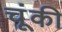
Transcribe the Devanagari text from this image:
चूंकी